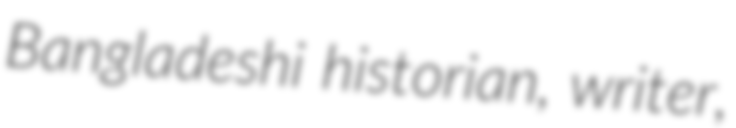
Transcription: Bangladeshi historian, writer,